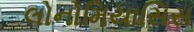
લોનોમિયાસિસ